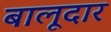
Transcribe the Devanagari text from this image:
बालूदार